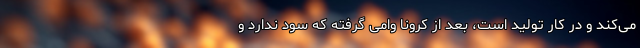
می‌کند و در کار تولید است، بعد از کرونا وامی گرفته که سود ندارد و